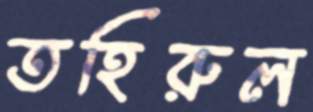
তহিরুল